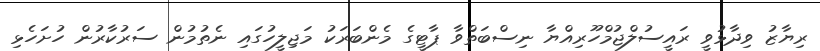
ރިޔާޒު ވިދާޅުވީ ރައީސުލްޖުމްހޫރިއްޔާ ނިސްބަތްވާ ޕާޓީގެ މެންބަރަކު މަޖިލީހުގައި ނެތުމުން ސަރުކާރުން ހުށަހެޅި